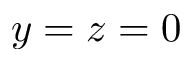
y = z = 0